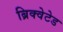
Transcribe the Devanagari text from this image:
ब्रिक्वेटेड